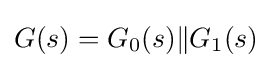
G(s)=G_{0}(s)\Vert G_{1}(s)